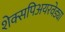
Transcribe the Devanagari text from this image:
शेक्सपिअयरवेड्या